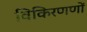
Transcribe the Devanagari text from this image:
विकिरणणों